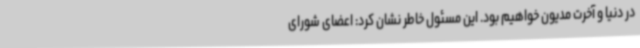
در دنیا و آخرت مدیون خواهیم بود. این مسئول خاطر نشان کرد: اعضای شورای